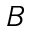
B